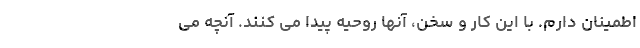
اطمینان دارم. با این کار و سخن، آنها روحیه پیدا می کنند. آنچه می